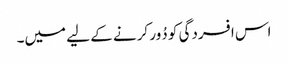
اس افسردگی کو دُور کرنے کے لیے میں۔